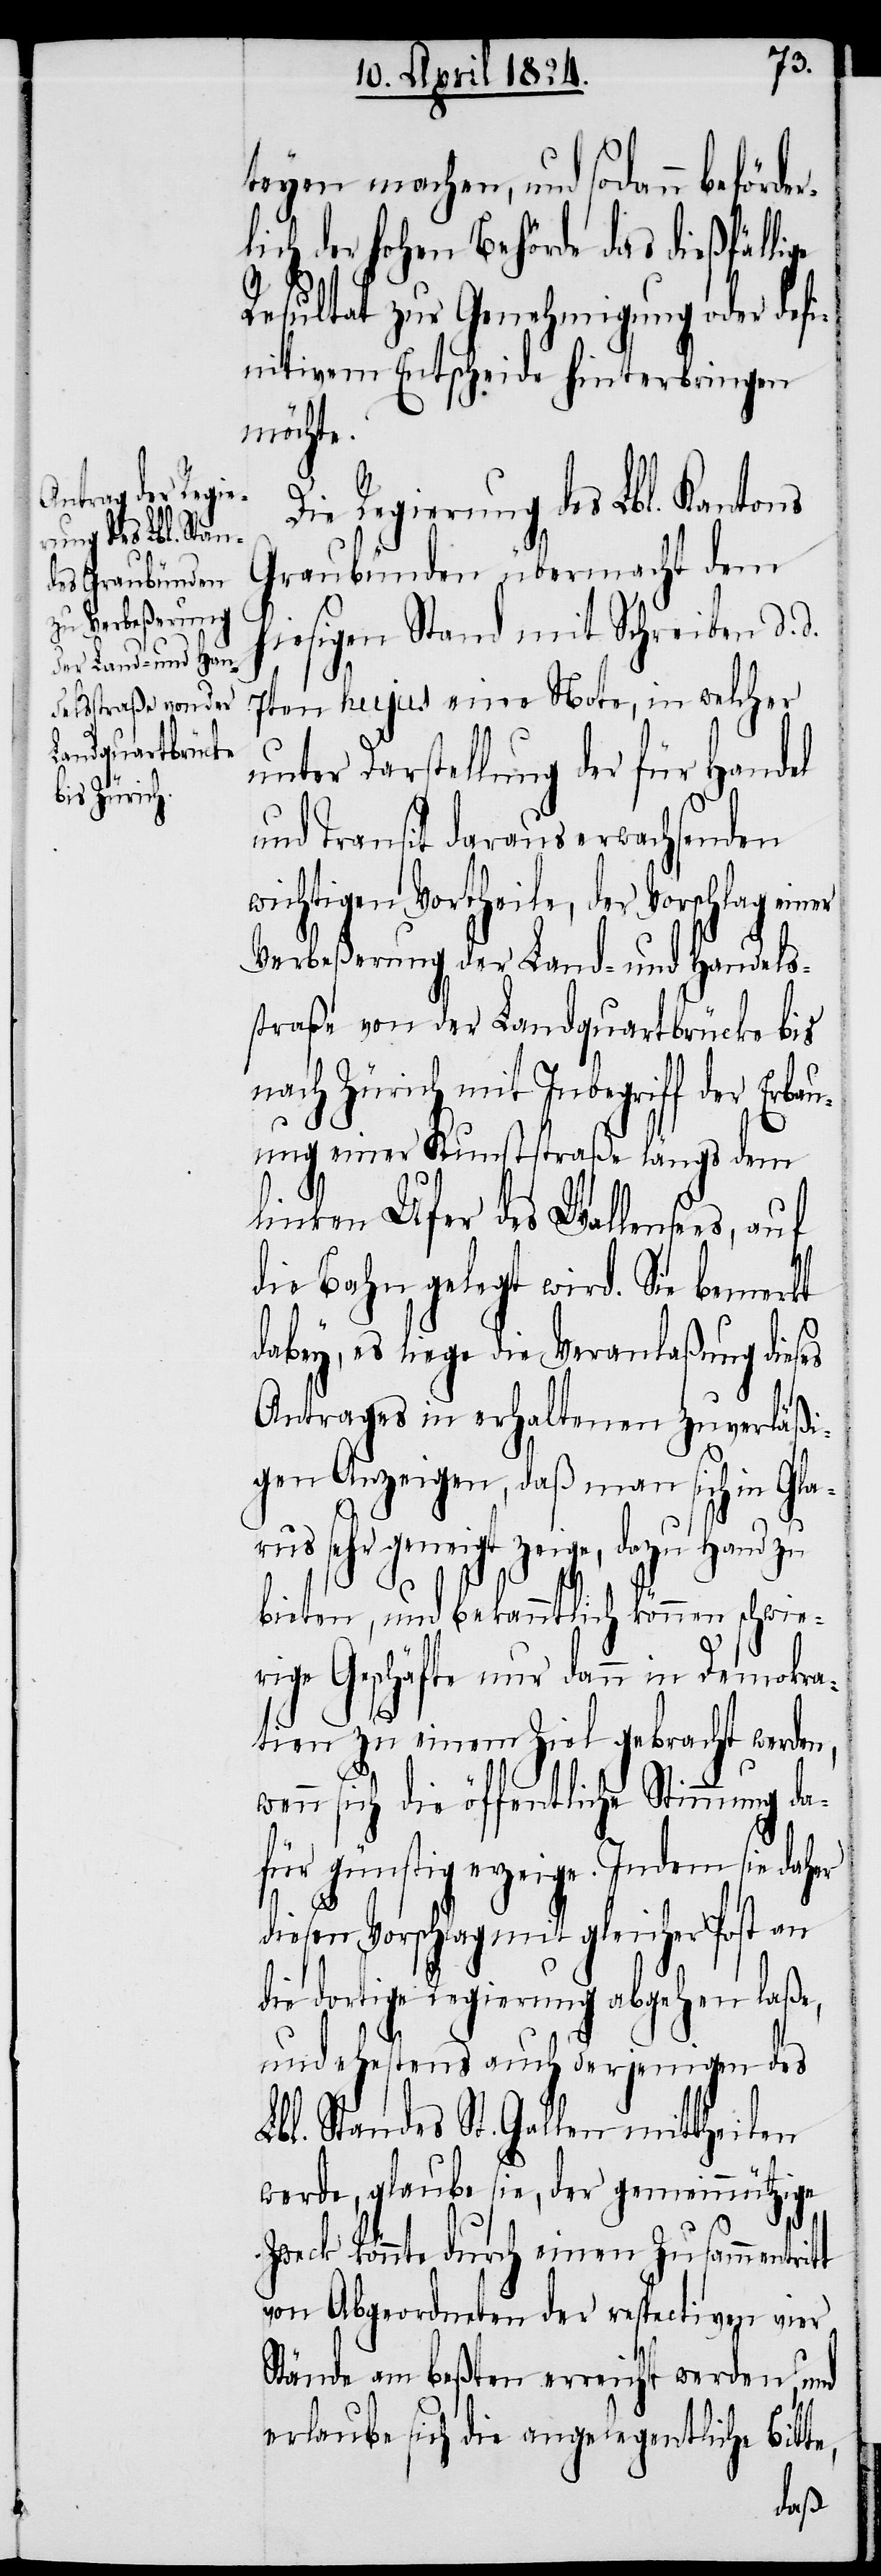
angelegentliche

teyen machen, und sodann beförd¬
ich der hohen Behörde das dießfälli¬
Resultat zur Genehmigung oder defi¬
nitivem Entscheide hinterbringen
möchte.
Regierung des Lbl. Kantons
Graubünden übermacht dem
hiesigen Stand mit Schreiben d.
7ten hujus eine Note, in welcher
unter Darstellung der für Handel
und Transit daraus erwachsenden
wichtigen Vortheile, der Vorschlag ein¬
Verbeßerung der Land- und Handels¬
straße von der Landquartbrücke bis
nach Zürich mit Inbegriff der Erba¬
uung einer Kunststraße längs dem
linken Ufer des Wallensees, auf
die
die Bahn gelegt wird. Sie bemerkt
dabey, es liege die Veranlaßung dieses
Antrages in erhaltenen zuverläßi¬
gen Anzeigen, daß man sich in Gla¬
rus sehr geneigt zeige, dazu Hand zu
bieten, und bekanntlich können schwie¬
rige Geschäfte nur dann in Demokra¬
tien zu einem Ziel gebracht werden,
wenn sich die öffentliche Stimmung da¬
für günstig erzeige. Indem sie daher
diesen Vorschlag mit gleicher Post an
die dortige Regierung abgehen laße,
und ehestens auch derjenigen des
Lbl. Standes St. Gallen mittheilen
werde, glaube sie, der gemeinnützige
Zweck könnte durch einen Zusammentri¬
von Abgeordneten der respectiven vier